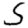
Digit: 5